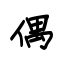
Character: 偶